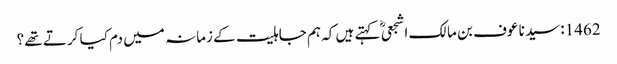
1462: سیدنا عوف بن مالک اشجعیؓ کہتے ہیں کہ ہم جاہلیت کے زمانہ میں دم کیا کرتے تھے ؟